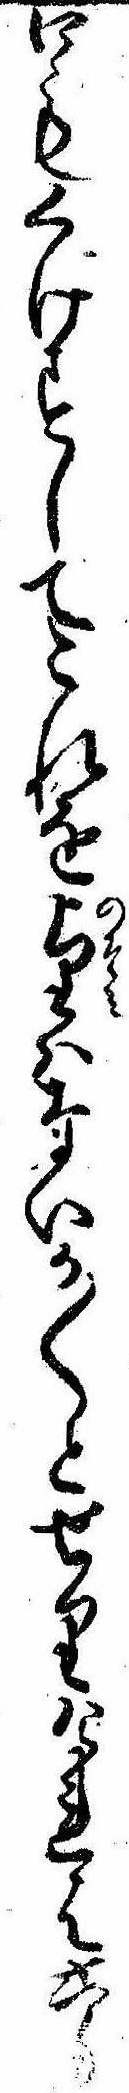
口もくけすしてこれを望はないか〱とせりけれは六匁